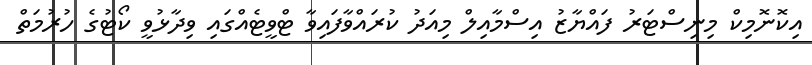
އިކޮނޮމިކް މިނިސްޓަރު ފައްޔާޒު އިސްމާއިލް މިއަދު ކުރައްވާފައިވާ ޓްވީޓެއްގައި ވިދާޅުވީ ކޯޓުގެ ހުރުމަތް